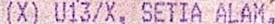
(X) U13/X, SETIA ALAM,